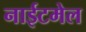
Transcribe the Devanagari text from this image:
नाईटमेल